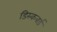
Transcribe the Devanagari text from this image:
डिस्कवर्ड